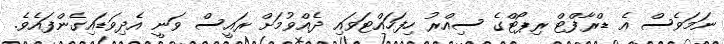
ނަމަވެސް އެ ޑްރާފްޓް ރިޕޯޓްގެ ސިއްރު ހިފަހައްޓަވައި ދެއްވުމަށް ރައީސް ވަނީ އެދިވަޑައިގެންފައެވެ.